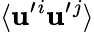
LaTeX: \langle{\mathbf{u}^{\prime}{}^{i}\mathbf{u}^{\prime}{}^{j}}\rangle